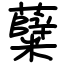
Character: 糵